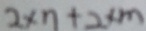
2 \times n + 2 \times m